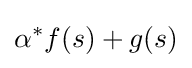
\alpha ^{*}f(s)+g(s)